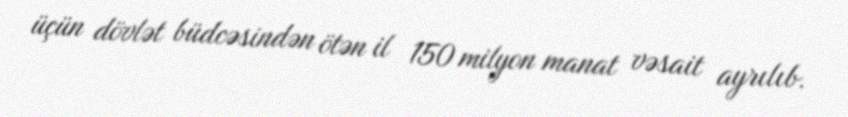
üçün dövlət büdcəsindən ötən il 150 milyon manat vəsait ayrılıb.